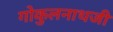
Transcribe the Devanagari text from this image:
गोकुलनाथजी